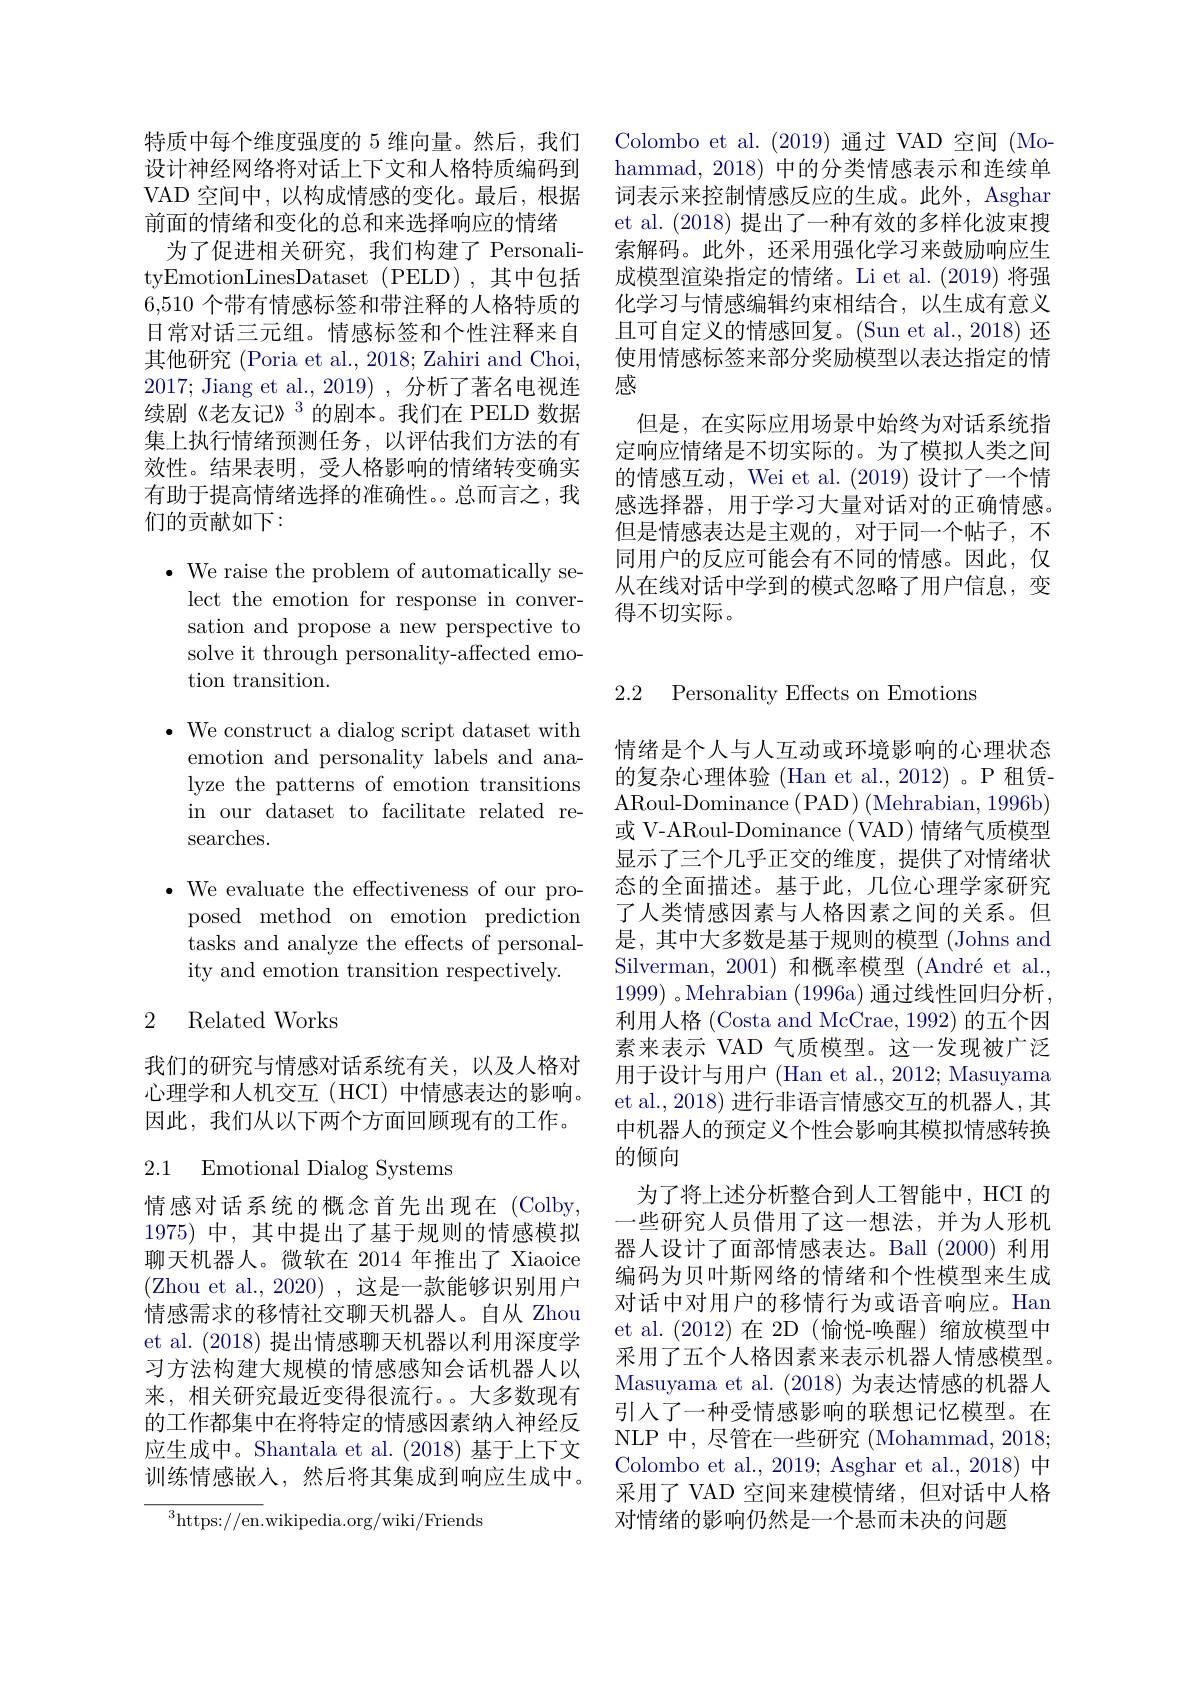
Colombo et al.(2019)通过 VAD 空间 (Mohammad,2018) 中的分类情感表示和连续单词表示来控制情感反应的生成。此外，Asghar et al. (2018)提出了一种有效的多样化波束搜索解码。此外，还采用强化学习来鼓励响应生成模型渲染指定的情绪。Li et al.(2019) 将强化学习与情感编辑约束相结合，以生成有意义且可自定义的情感回复。(Sun et al., 2018) 还使用情感标签来部分奖励模型以表达指定的情感
但是，在实际应用场景中始终为对话系统指定响应情绪是不切实际的。为了模拟人类之间的情感互动，Wei et al. (2019) 设计了一个情感选择器，用于学习大量对话对的正确情感。但是情感表达是主观的，对于同一个帖子，不同用户的反应可能会有不同的情感。因此，仅从在线对话中学到的模式忽略了用户信息，变得不切实际。

特质中每个维度强度的 5 维向量。然后，我们设计神经网络将对话上下文和人格特质编码到VAD 空间中，以构成情感的变化。最后，根据前面的情绪和变化的总和来选择响应的情绪
为了促进相关研究，我们构建了 PersonalityEmotionLinesDataset (PELD),其中包括6,510 个带有情感标签和带注释的人格特质的日常对话三元组。情感标签和个性注释来自其他研究 (Poria et al., 2018; Zahiri and Choi, 2017; Jiang et al., 2019), 分析了著名电视连续剧《老友记》$^{3}$的剧本。我们在 PELD 数据集上执行情绪预测任务，以评估我们方法的有效性。结果表明，受人格影响的情绪转变确实有助于提高情绪选择的准确性。。总而言之，我们的贡献如下：

$\bullet$ We raise the problem of automatically se-
lect the emotion for response in conversation and propose a new perspective to solve it through personality-affected emotion transition.

$\bullet$ We construct a dialog script dataset with
emotion and personality labels and analyze the patterns of emotion transitions in our dataset to facilitate related researches.

$\bullet$ We evaluate the effectiveness of our pro-
posed method on emotion prediction tasks and analyze the effects of personality and emotion transition respectively.

## 2 Related Works

我们的研究与情感对话系统有关，以及人格对心理学和人机交互(HCI) 中情感表达的影响。因此，我们从以下两个方面回顾现有的工作。

2.1 Emotional Dialog Systems

情感对话系统的概念首先出现在(Colby, 1975)中，其中提出了基于规则的情感模拟聊天机器人。微软在 2014 年推出了 Xiaoice (Zhou et al.,2020),这是一款能够识别用户情感需求的移情社交聊天机器人。自从 Zhou et al. (2018)提出情感聊天机器以利用深度学习方法构建大规模的情感感知会话机器人以来，相关研究最近变得很流行。。大多数现有的工作都集中在将特定的情感因素纳人神经反应生成中。Shantala et al. (2018) 基于上下文训练情感嵌人，然后将其集成到响应生成中。

$^{3}$https://en.wikipedia.org/wiki/Friends

2.2 Personality Effects on Emotions

情绪是个人与人互动或环境影响的心理状态的复杂心理体验 (Han et al., 2012) 。P 租赁ARoul- Dominance ( PAD) ( Mehrabian, 1996b) 或 V-ARoul-Dominance ( VAD) 情绪气质模型显示了三个几乎正交的维度，提供了对情绪状态的全面描述。基于此，几位心理学家研究了人类情感因素与人格因素之间的关系。但是，其中大多数是基于规则的模型(Johns and Silverman, 2001)和概率模型 (André et al., 1999) 。Mehrabian (1996a) 通过线性回归分析， 利用人格(Costa and McCrae, 1992) 的五个因素来表示 VAD 气质模型。这一发现被广泛用于设计与用户 (Han et al., 2012; Masuyama et al., 2018) 进行非语言情感交互的机器人，其中机器人的预定义个性会影响其模拟情感转换的倾向
为了将上述分析整合到人工智能中，HCI 的一些研究人员借用了这一想法，并为人形机器人设计了面部情感表达。Ball (2000) 利用编码为贝叶斯网络的情绪和个性模型来生成对话中对用户的移情行为或语音响应。Han et al.(2012)在 2D(愉悦-唤醒)缩放模型中采用了五个人格因素来表示机器人情感模型。Masuyama et al. (2018)为表达情感的机器人引人了一种受情感影响的联想记忆模型。在NLP 中，尽管在一些研究 (Mohammad, 2018; Colombo et al., 2019; Asghar et al., 2018) 中采用了 VAD 空间来建模情绪，但对话中人格对情绪的影响仍然是一个悬而未决的问题